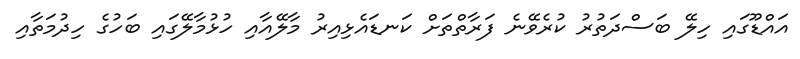
އައްޑޫގައި ހިލޭ ބަސްދަތުރު ކުރެވޭނެ ފަރާތްތަށް ކަނޑައެޅިއިރު މާލޭއާއި ހުޅުމާލޭގައި ބަހުގެ ހިދުމަތާއި